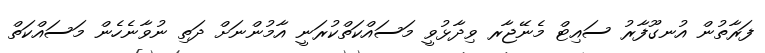
ފަރާތުން އުނގޫފާރު ސައިޓް މެނޭޖާރ ވިދާޅުވީ މަސައްކަތްކުރަނީ އާމުންނަށް ދަތި ނުވާނެހެން މަސައްކަތް